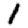
Digit: 1